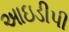
આઇડીપી